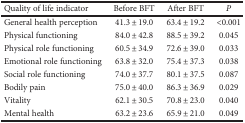
<table><thead><tr><td><b>Quality of life indicator</b></td><td><b>Before BFT</b></td><td><b>After BFT</b></td><td><b><i>P</i></b></td></tr></thead><tbody><tr><td>General health perception</td><td>41.3 ± 19.0</td><td>63.4 ± 19.2</td><td>&lt;0.001</td></tr><tr><td>Physical functioning</td><td>84.0 ± 42.8</td><td>88.5 ± 39.2</td><td>0.045</td></tr><tr><td>Physical role functioning</td><td>60.5 ± 34.9</td><td>72.6 ± 39.0</td><td>0.033</td></tr><tr><td>Emotional role functioning</td><td>63.8 ± 32.0</td><td>75.4 ± 37.3</td><td>0.038</td></tr><tr><td>Social role functioning</td><td>74.0 ± 37.7</td><td>80.1 ± 37.5</td><td>0.087</td></tr><tr><td>Bodily pain</td><td>75.0 ± 40.0</td><td>86.3 ± 36.9</td><td>0.029</td></tr><tr><td>Vitality</td><td>62.1 ± 30.5</td><td>70.8 ± 23.0</td><td>0.040</td></tr><tr><td>Mental health</td><td>63.2 ± 23.6</td><td>65.9 ± 21.0</td><td>0.049</td></tr></tbody></table>